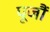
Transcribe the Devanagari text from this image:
पूजौं